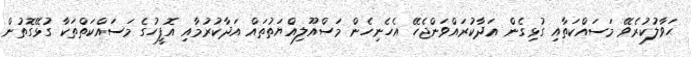
ޙަވާލުކުރެވޭ މަސައްކަތާއި ގުޅިގެން އަދާކުރައްވަންޖެހޭ އެހެނިހެން މަސްއޫލިއްޔަތުތައް އަދާކުރުމާއި އޮފީހުގެ މަސައްކަތްތަކާ ގުޅޭގޮތުން